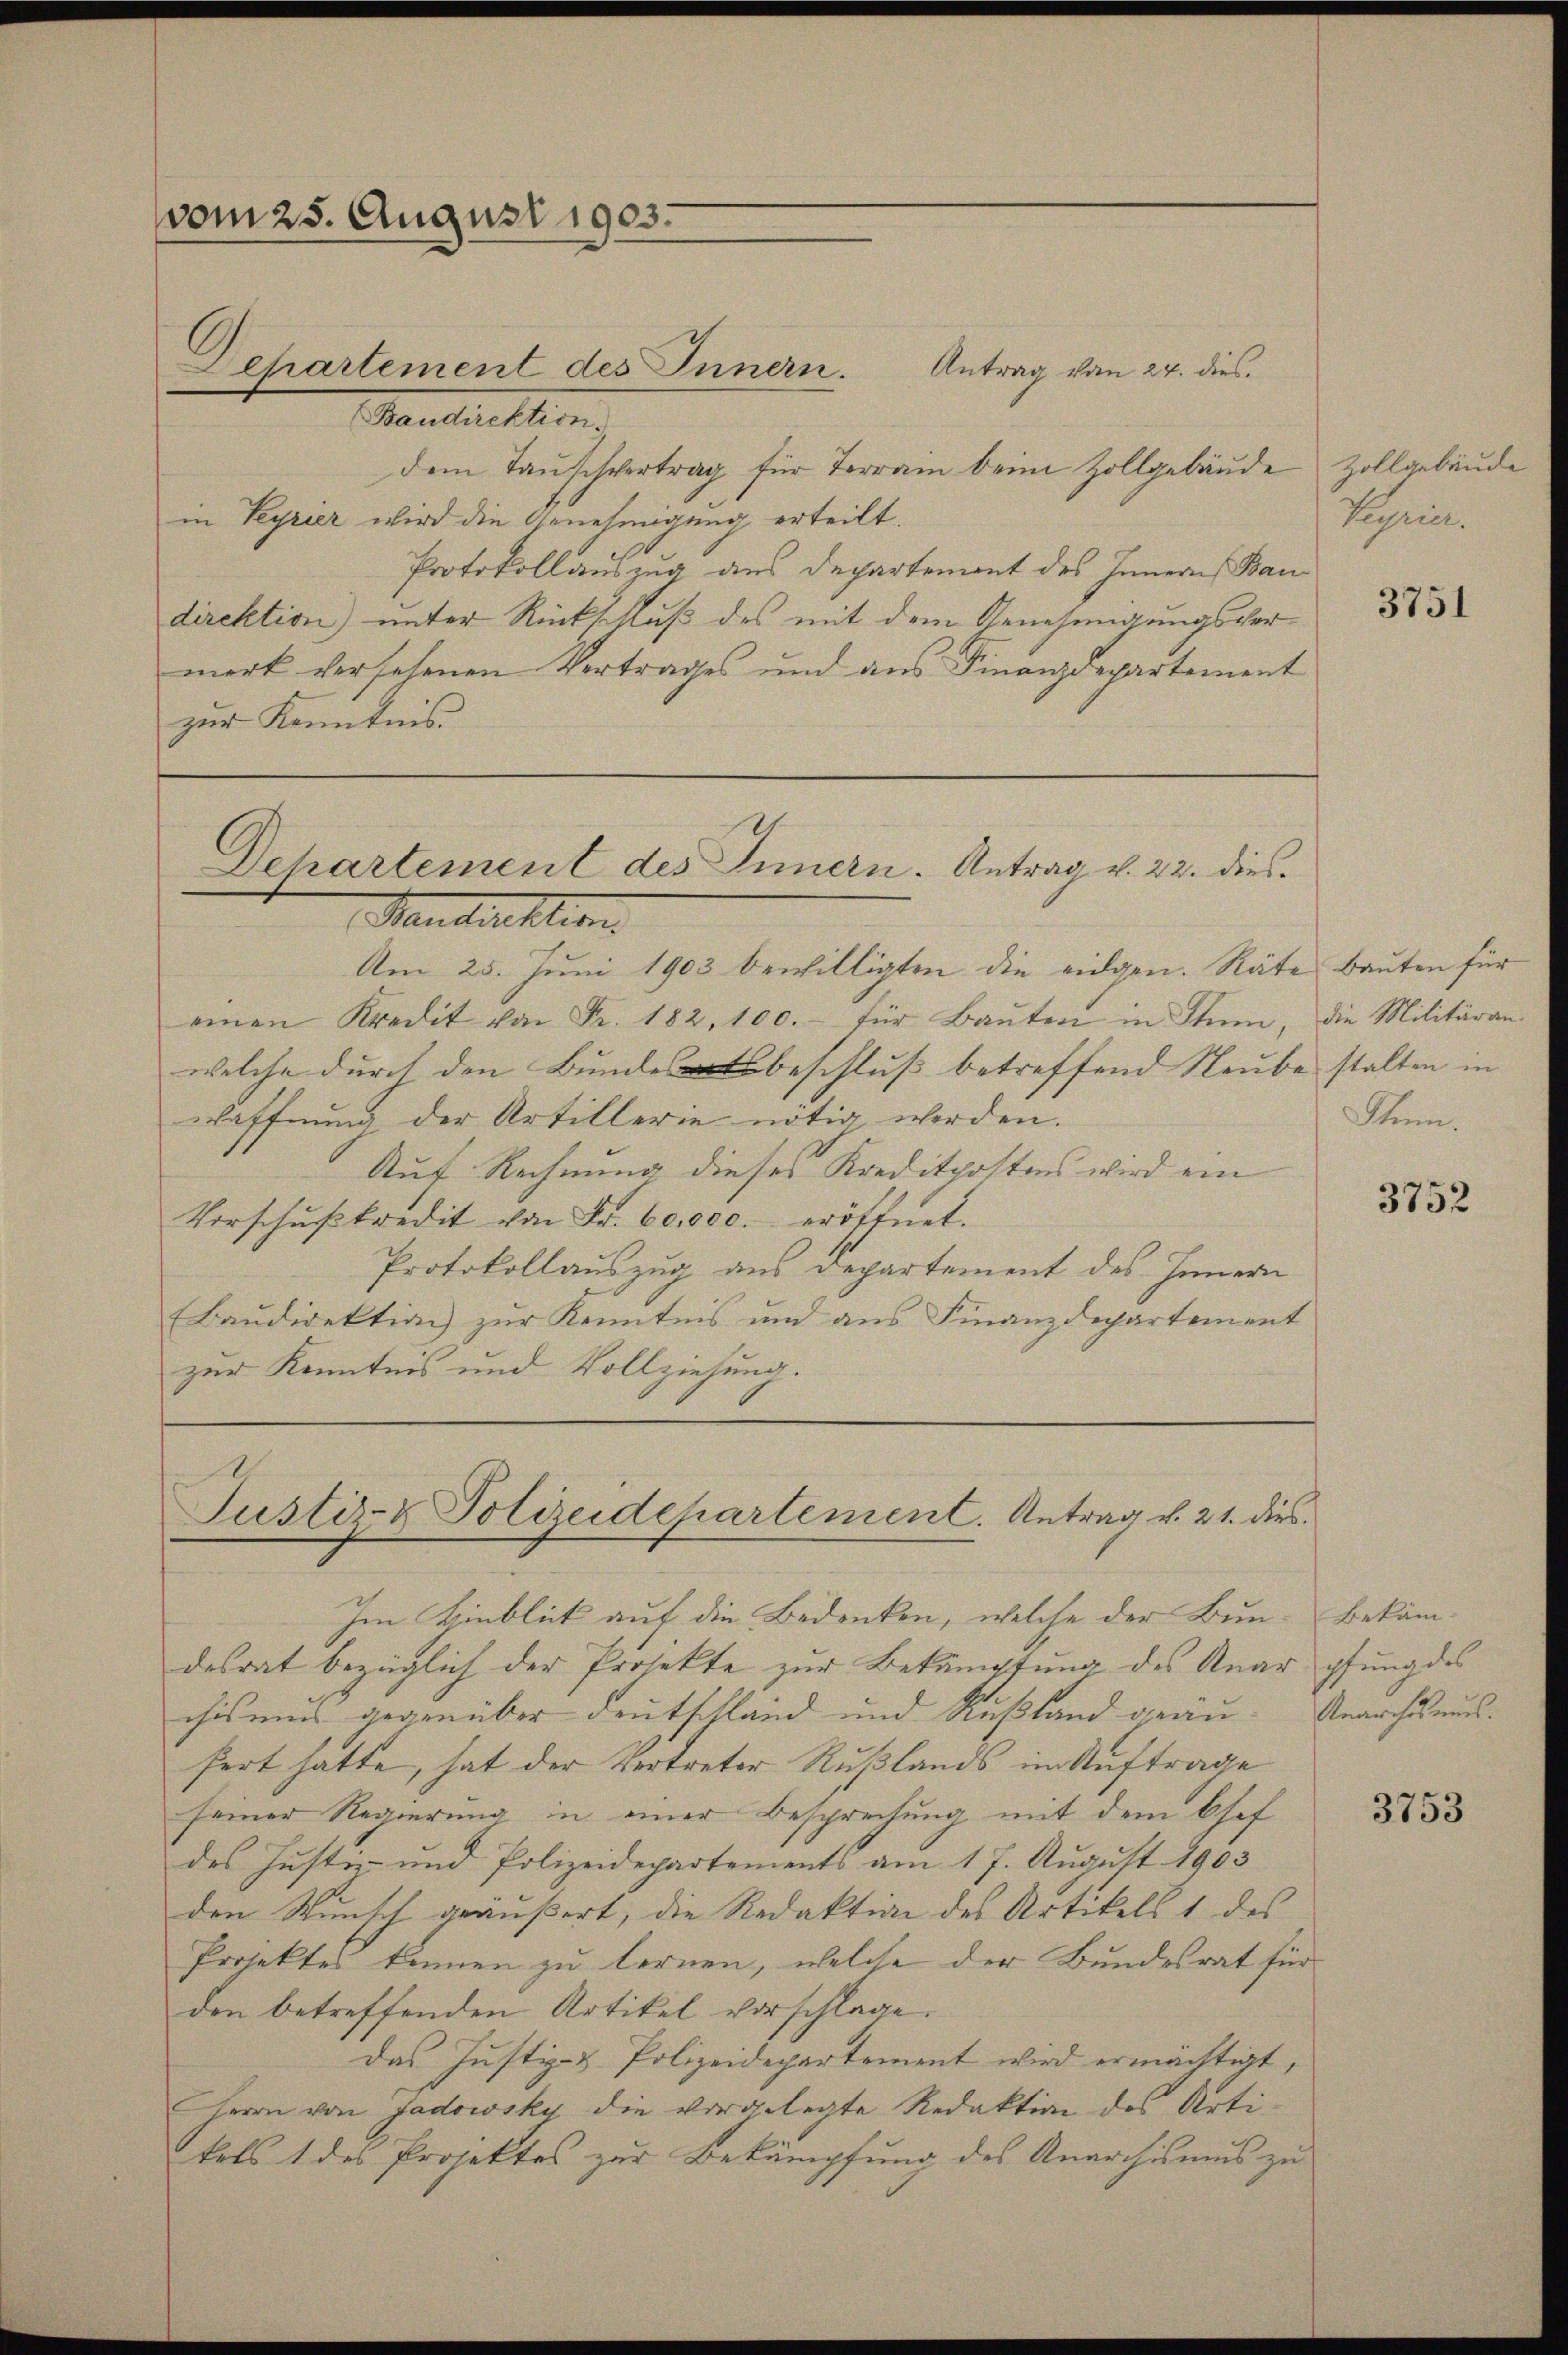
vom 25. August 1905.
Martiretters

dem Taŭschvertrag für Terrain beim Zollgebäude
in Peyrier wird die Genehmigung erteilt.
Protokollauszug aus Departement des Innern, Baudirektion) unter Rückschluß des mit dem Genehmigungsvermerk versehenen Vertrages und aus Finanzdepartement
zur Kenntnis

Departement des Innern. Antrag vom 24. dies

Dehartement des Innern. Antrag v. 22. dies¬
Maudirektion.

Justiz- & Polizeidehartement. Antrag v. 21. dies

Im Hinblick auf die Bedenken, welche der Bun- Bekämdesrat bezüglich der Projekte zur Bekämpfung des Anar pfung des
chismus gegenüber Deutschland und Rußland gräu- Anarchausfert hatte, hat der Vertreter Rußlands im Auftrage
seiner Regierung in einer Besprechung mit dem Chef
des Justiz und Polizeidepartements am 17. August 1903
den Wunsch geäußert, die Redaktion des Artikels 1 des
Projektes können zu lernen, welche der Bundesrat für
den betreffenden Artikel vorschlage.
Das Justiz- & Polizeidepartement wird ermächtigt,
Herrn von Jadowsky die vorgelegte Redaktion des Artikels 1 des Projektes zur Bekämpfung des Anarchismus zu

Am 25. Juni 1903 bewilligten die eidgen. Räte Bauten für
einen Kredit von Fr. 182. 100.- für Baŭten in Stum, die Militäran-
welche durch den Bundesbeschluss betreffend Raube stalten in
waffnung der Artillerie nötig werden.
Auf Rechnung dieses Kreditpostens wird ein
Vorschŭβkredit von Fr. 60,000. eröffnet.
Protokollauszug aus Departement des Innern
(Baudirektion zur Kenntnis und aus Finanzdepartement
zur Kenntnis und Vollziehung.

Zollgebäude
Pochen.

3751

Sten.

3752

3753